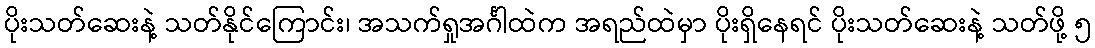
ပိုးသတ်ဆေးနဲ့ သတ်နိုင်ကြောင်း၊ အသက်ရှုအင်္ဂါထဲက အရည်ထဲမှာ ပိုးရှိနေရင် ပိုးသတ်ဆေးနဲ့ သတ်ဖို့ ၅